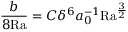
\frac { b } { 8 \mathrm { { R a } } } = C \delta ^ { 6 } a _ { 0 } ^ { - 1 } \mathrm { { R a } } ^ { \frac { 3 } { 2 } }